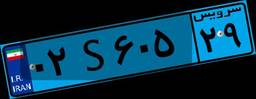
۴۹S۳۳۸۶۸